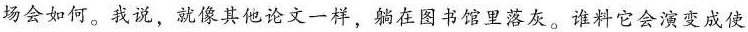
场会如何。我说，就像其他论文一样，躺在图书馆里落灰。谁料它会演变成使